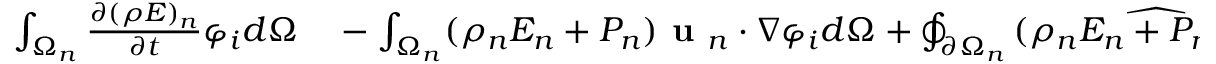
\begin{array} { r l } { \int _ { \Omega _ { n } } \frac { \partial ( \rho E ) _ { n } } { \partial t } \varphi _ { i } d \Omega } & { { } - \int _ { \Omega _ { n } } ( \rho _ { n } E _ { n } + P _ { n } ) \textbf { u } _ { n } \cdot \nabla \varphi _ { i } d \Omega + \oint _ { \partial \Omega _ { n } } \widehat { ( \rho _ { n } E _ { n } + P _ { n } ) \textbf { u } _ { n } } \cdot \widehat { \textbf { m } } \varphi _ { i } d S = } \end{array}